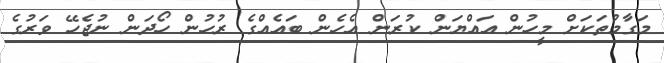
މަގާމުތަކަށް މީހުން އައްޔަން ކުރަން އެހެން ބައެއްގެ ރުހުން ހޯދަން ނުޖެހޭ ވަރުގެ